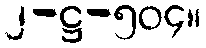
၂-ဋ္ဌ-၅၀၄။